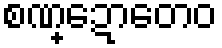
စဏ္ဍောတေဝ